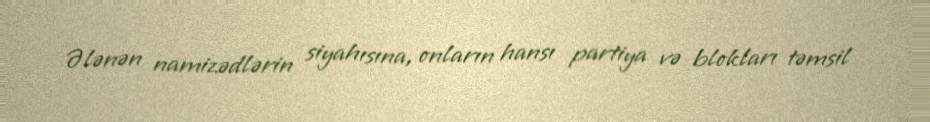
Ələnən namizədlərin siyahısına, onların hansı partiya və blokları təmsil